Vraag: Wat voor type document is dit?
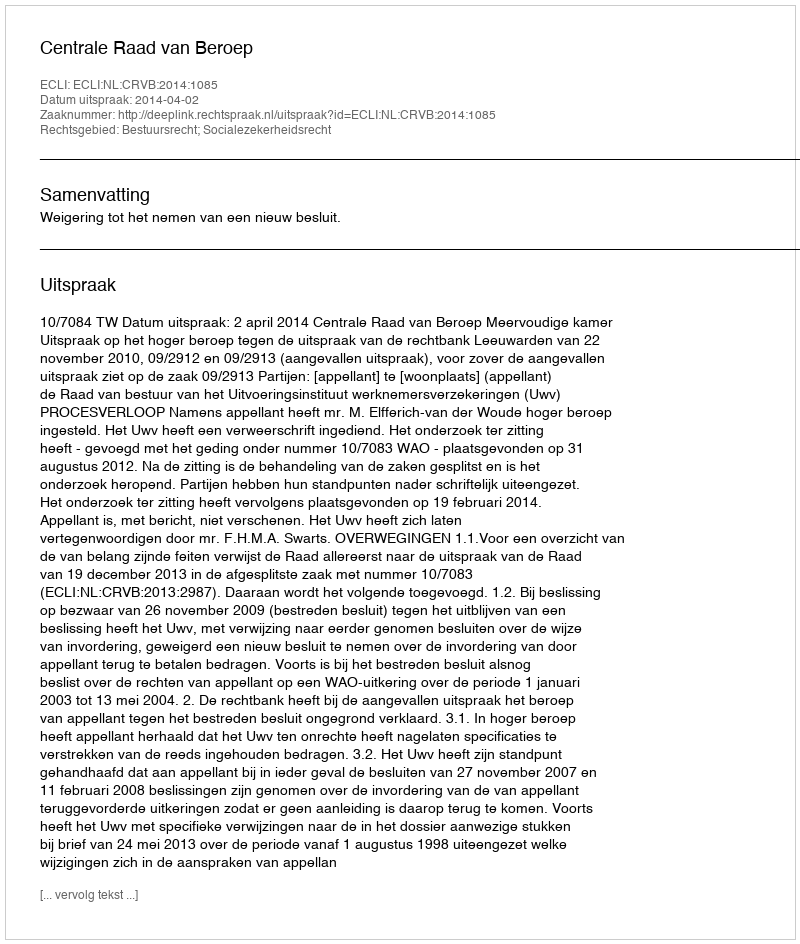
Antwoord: Uitspraak